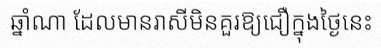
ឆ្នាំណា ដែលមានរាសីមិនគួរឱ្យជឿក្នុងថ្ងៃនេះ